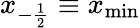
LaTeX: x_{-\frac{1}{2}}\equiv x_{\mathrm{min}}